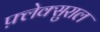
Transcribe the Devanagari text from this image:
फ़्लेक्सुराल